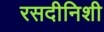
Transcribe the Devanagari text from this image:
रसदीनिशी